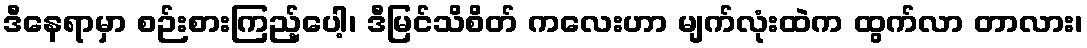
ဒီနေရာမှာ စဉ်းစားကြည့်ပေါ့၊ ဒီမြင်သိစိတ် ကလေးဟာ မျက်လုံးထဲက ထွက်လာ တာလား၊